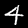
Digit: 4